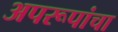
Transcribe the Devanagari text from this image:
अपरूपांचा